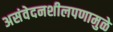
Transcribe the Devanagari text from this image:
असंवेदनशीलपणामुळे